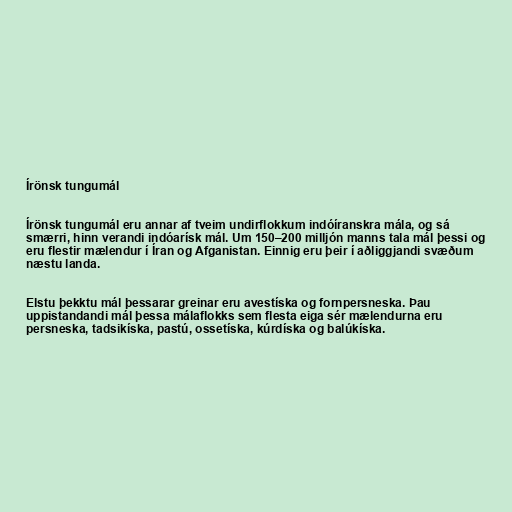
Írönsk tungumál

Írönsk tungumál eru annar af tveim undirflokkum indóíranskra mála, og sá
smærri, hinn verandi indóarísk mál. Um 150–200 milljón manns tala mál þessi og
eru flestir mælendur í Íran og Afganistan. Einnig eru þeir í aðliggjandi svæðum
næstu landa.

Elstu þekktu mál þessarar greinar eru avestíska og fornpersneska. Þau
uppistandandi mál þessa málaflokks sem flesta eiga sér mælendurna eru
persneska, tadsikíska, pastú, ossetíska, kúrdíska og balúkíska.